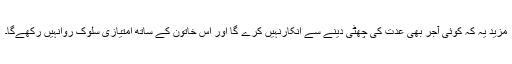
مزید یہ کہ کوئی آجر بھی عدت کی چھٹی دینے سے انکارنہیں کرے گا اور اس خاتون کے ساتھ امتیازی سلوک روانہیں رکھےگا۔